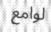
لوامع